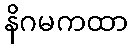
နိဂမကထာ